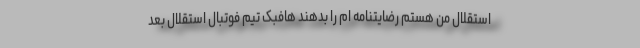
استقلال من هستم رضایتنامه ام را بدهند هافبک تیم فوتبال استقلال بعد